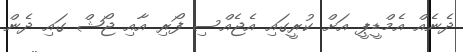
ދެނެއް އެމްޑީޕީ އަށް ކުރީގައި އެޖެއްސި ފޯރި އާއި ޖޯޝް ގައި ދެން